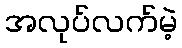
အလုပ်လက်မဲ့